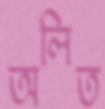
অলিত